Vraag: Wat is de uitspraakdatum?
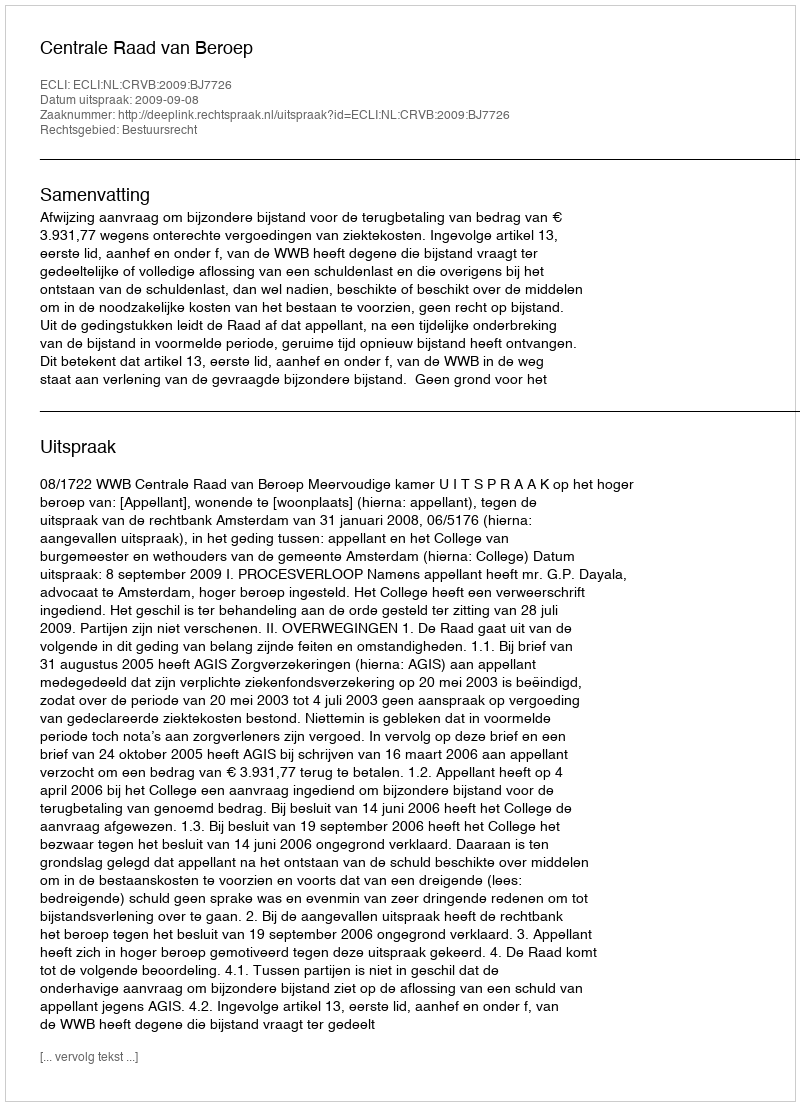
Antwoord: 2009-09-08